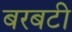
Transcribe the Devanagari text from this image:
बरबटी